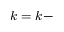
k = k -